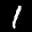
Label: 1